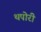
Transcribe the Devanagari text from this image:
थपोरी